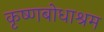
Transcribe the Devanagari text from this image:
कृष्णबोधाश्रम